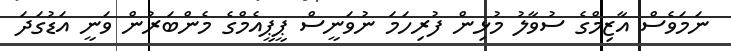
ނަމަވެސް އާޒިމްގެ ސުވާލު މުޅިން ފުރިހަމަ ނުވަނީސް ޕީޕީއެމްގެ މެންބަރުން ވަނީ އަޑުގަދަ